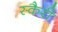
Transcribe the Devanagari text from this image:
स्कैरी